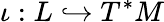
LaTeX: \iota:L\hookrightarrow T^{*}M